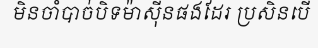
មិនចាំបាច់បិទម៉ាស៊ីនផងដែរ ប្រសិនបើ